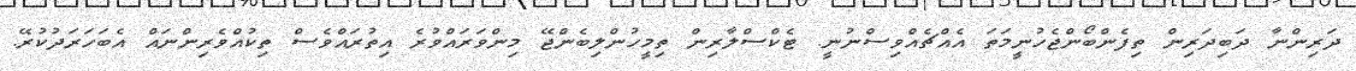
ދަރިންނާ ދަބިދަރިން ތިފެންބޯންޖެހުނީމަތަ އެއްޗެއްވިސްނުނީ. ޓެކްސްލާރިން ތިމީހުންލިބެންޖޭ މިންވަރައްވުރެ އިތުރައްވެސް ތިކުއްވެރިންނައް އެބަހަރަދުކުރޭ.